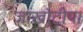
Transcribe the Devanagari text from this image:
जाखोटीया